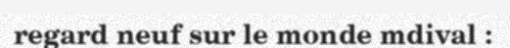
regard neuf sur le monde mdival :